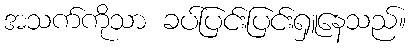
အသက်ကိုသာ ခပ်ပြင်းပြင်းရှူနေသည်။